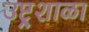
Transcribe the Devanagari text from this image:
उष्ट्र्शाळा